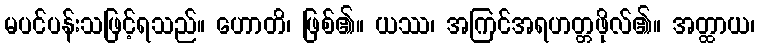
မပင်ပန်းသဖြင့်ရသည်။ ဟောတိ၊ ဖြစ်၏။ ယဿ၊ အကြင်အရဟတ္တဖိုလ်၏။ အတ္ထာယ၊